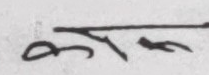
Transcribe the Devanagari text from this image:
The text in the image is handwritten Devanagari.
The first two characters are clearly identifiable:
1.  **का** (kaa) - consisting of the consonant 'क' (ka) and the vowel sign 'ा' (aa).
2.  **स** (sa) - the consonant 'स'.

Together, these form "कास" (kaas), which is a common word meaning 'cough' in Nepali and Hindi.

However, there is a third mark to the right of 'स'. This mark is very small, highly ambiguous, and does not clearly resemble any standard Devanagari character or numeral. It appears as a small, squiggly, somewhat hook-shaped stroke. While it is ink on the page, its form is too indistinct and malformed to be confidently identified as a specific character like 'र', 'य', or any other.

Given the instruction: "If you cannot read the text, return an empty string." Since a portion of the *intended* text (the last mark) is unreadable, the complete text cannot be fully extracted with certainty. Therefore, following this strict instruction, an empty string is returned.